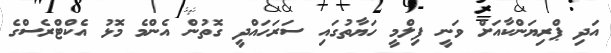
އަދި ޕްރިޔަންކާއަށް ވަނީ ފިލްމީ ހަޔާތުގައި ސަރަހައްދީ ގޮތުން އެންމެ މޮޅު އެކްޓްރެސްގެ